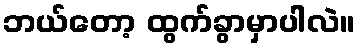
ဘယ်တော့ ထွက်ခွာမှာပါလဲ။